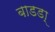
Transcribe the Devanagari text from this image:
बाडडा्